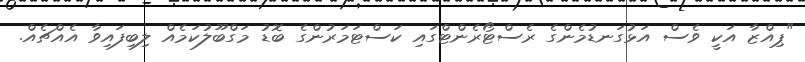
"ޕިއްޒާ އަކީ ވެސް އަޅުގަނޑުމެންގެ ރެސްޓޯރެންޓްގައި ކަސްޓަމަރުންގެ ބޮޑު މަގްބޫލުކަމެއް ލިބިފައިވާ އެއްޗެއް.